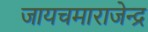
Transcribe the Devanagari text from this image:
जायचमाराजेन्द्र